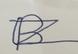
Signature authenticity: forged